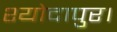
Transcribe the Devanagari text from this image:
श्योदापुर।